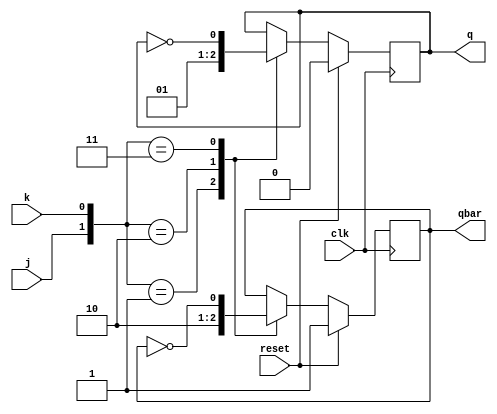
`timescale 1ns / 1ps
//////////////////////////////////////////////////////////////////////////////////
// Company: 
// Engineer: 
// 
// Design Name: 
// Module Name: JK_flipflop
// Project Name: 
// Target Devices: 
// Tool Versions: 
// Description: 
// 
// Dependencies: 
// 
// Revision:
// Revision 0.01 - File Created
// Additional Comments:
// 
//////////////////////////////////////////////////////////////////////////////////


module JK_flipflop (
    input clk, reset, j, k,
    output reg q,
    output reg qbar
);

always @(posedge clk)
begin
    if (reset) begin
        q <= 0;
        qbar <= 1;
    end else begin
        case ({j, k})
            2'b00: begin
                // No change
            end
            2'b01: begin
                q <= 0;
                qbar <= 1;
            end
            2'b10: begin
                q <= 1;
                qbar <= 0;
            end
            2'b11: begin
                q <= ~q;
                qbar <= ~qbar;
            end
        endcase
    end
end

endmodule